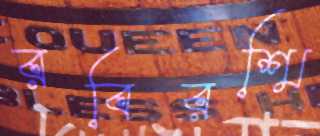
রবিরশ্মি